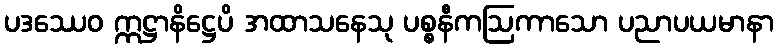
ပဒဿေဝ ဣဋ္ဌာနိဋ္ဌေပိ အထာသနေသု ပစ္စနီကဩကာသော ပညာပယမာနာ